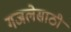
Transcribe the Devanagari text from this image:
गजलेसाठी